Uue-Poltsamaa_vallakohus, lk 81
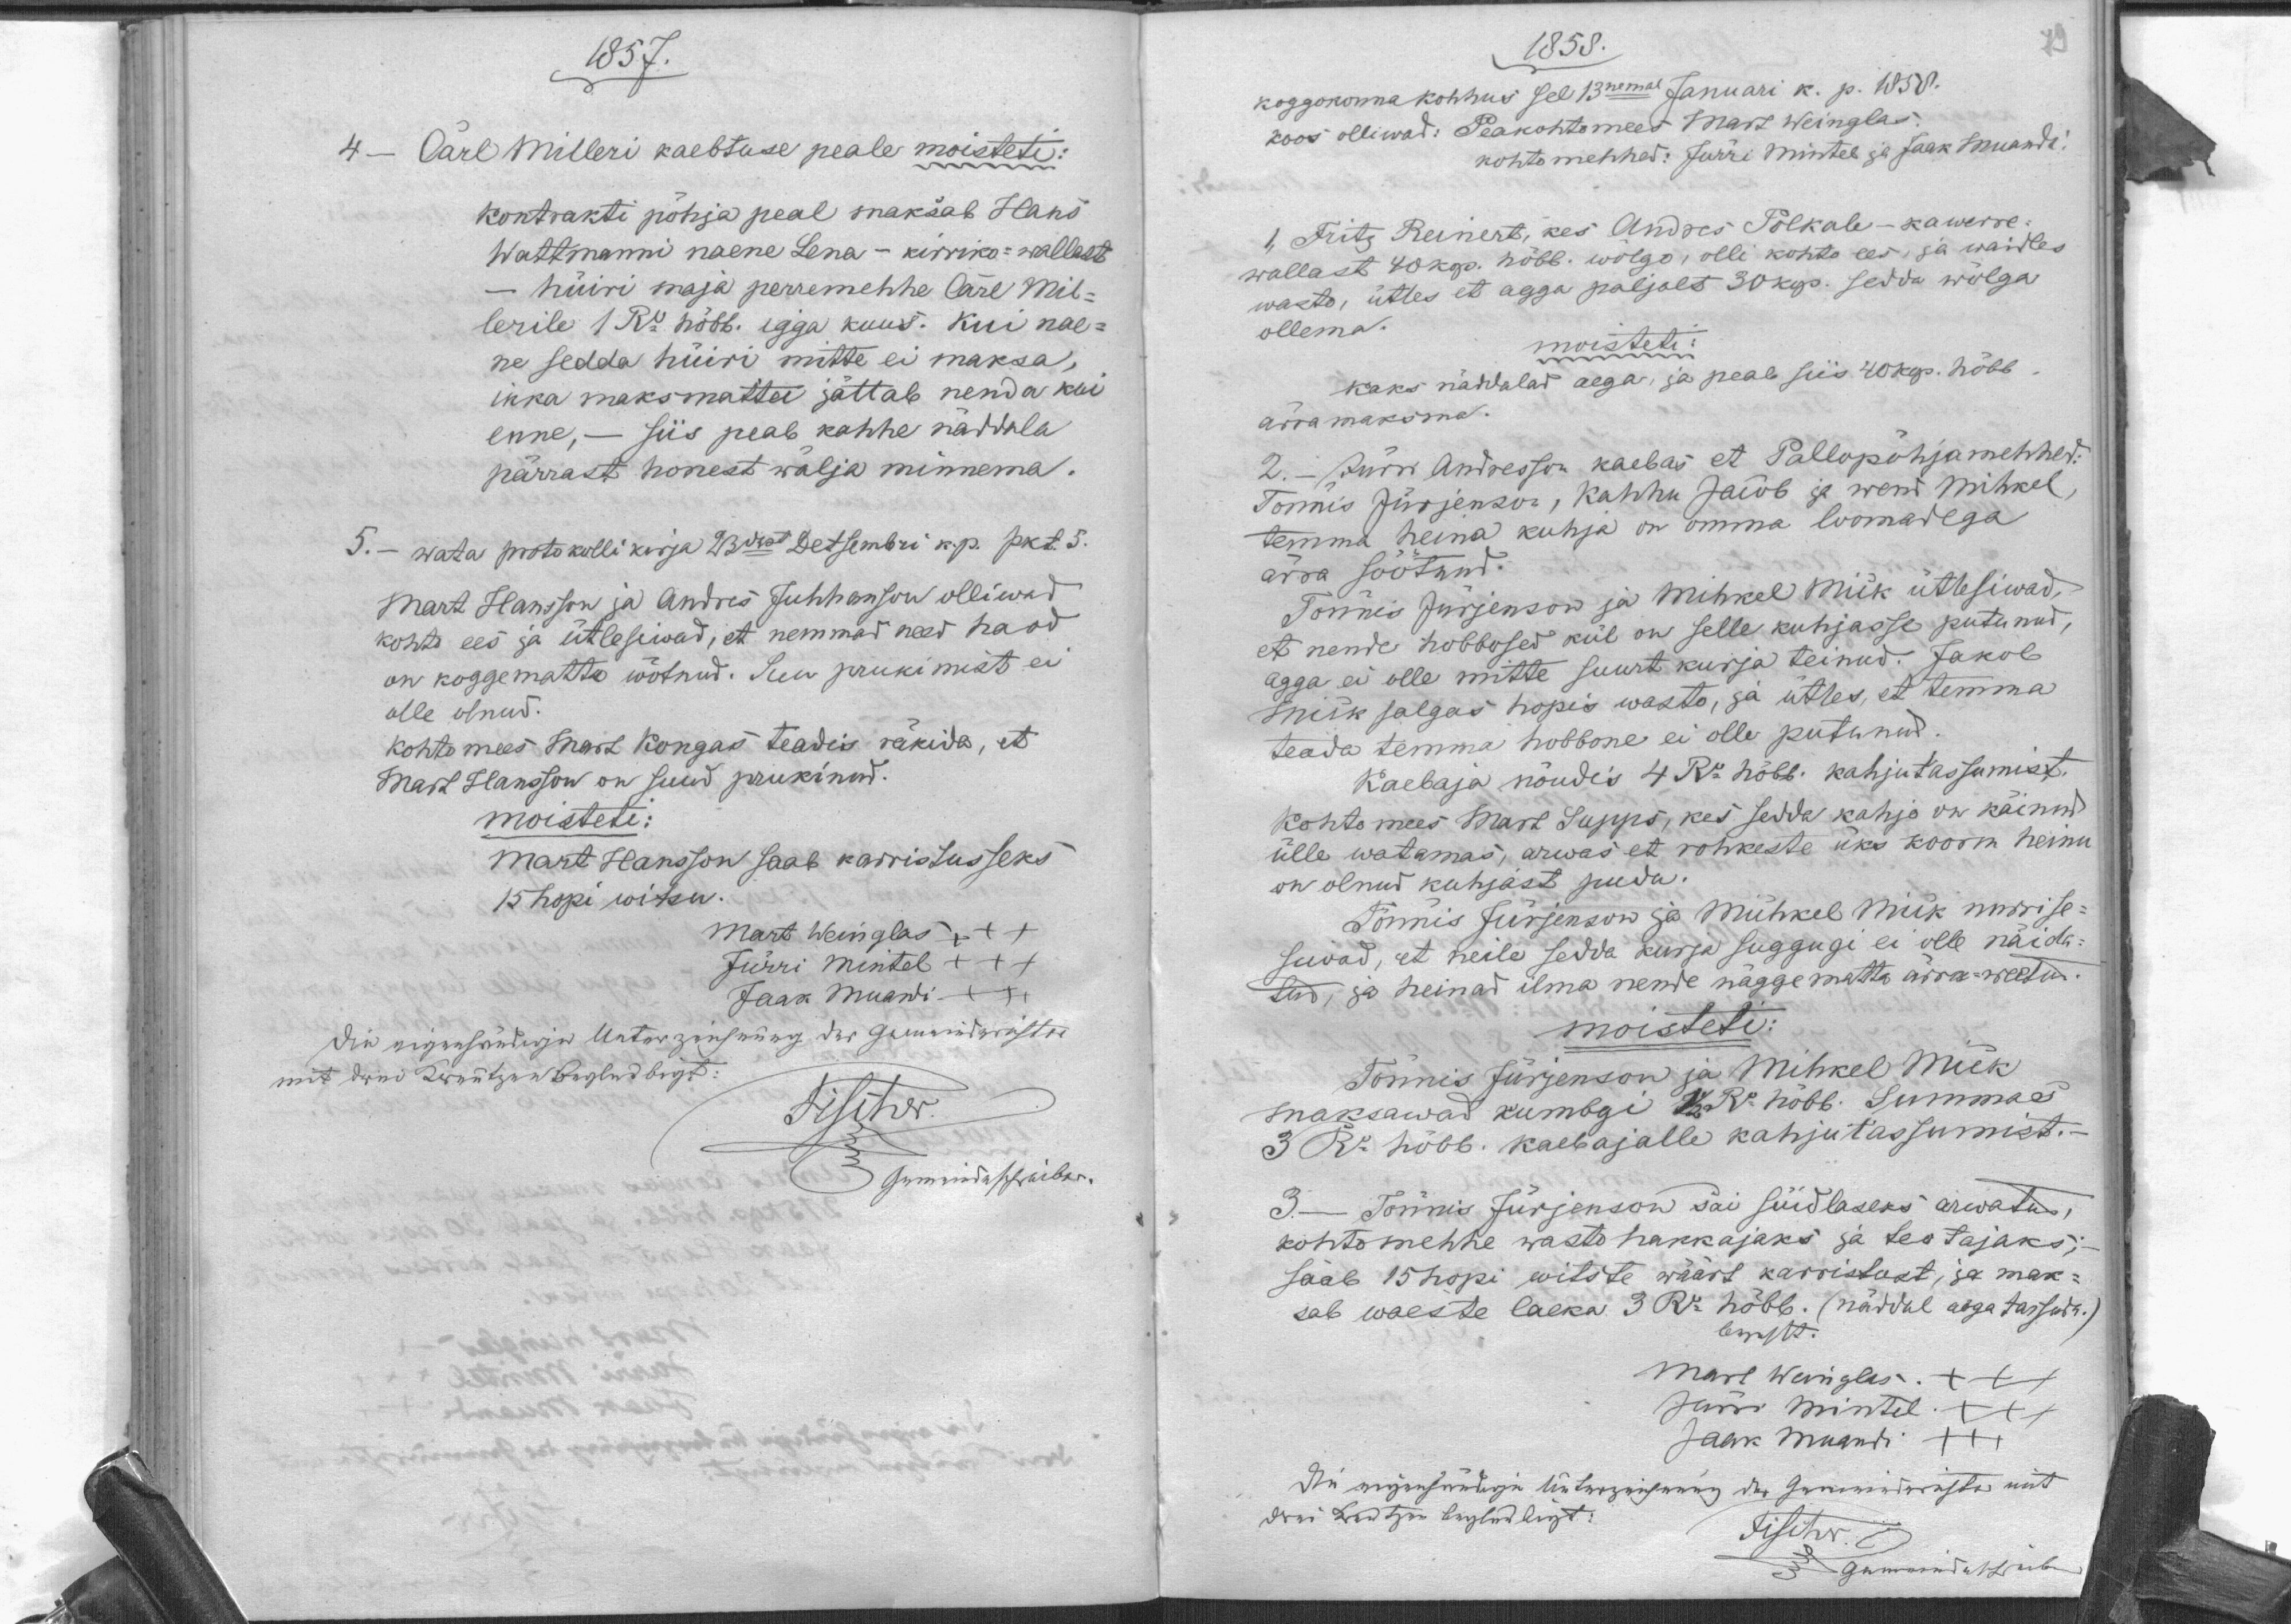
1857.
4.- Carl Milleri kaebtuse peale moisteti:
Kontrakti põhja peal maksab Hans
Wattmanni naene Lena - kirriko-wallast
-
hüiri maja perremehhe Carl Mil-
lerile 1 Ru hõbb. igga kuus. Kui nae-
ne sedda hüiri mitte ei maksa,
ikka maksmatta jättab nenda kui 
enne, - siis peab kahhe näddala
pärrast honest wälja minnema.
5. - wata protokolli kirja 23dast Detsembri k. p. pkt. 5.
Mart Hansson ja Andres Juhhanson olliwad
kohto ees ja ütlesiwad, et nemmad need haod
on koggematta wõtnud. Suu pruukimist ei
olle olnud.
Kohtomees: Mart Kongas teadis räkida, et
Mart Hansson on suud prukinud.
moisteti:
Mart Hansson saab karristusseks
15 hopi witsu.
Mart Weinglas XXX
Jürri Mindel XXX
Jaak Muandi XXX

1858.
Koggokonna kohhus sel 15nemal Januari k. p. 1858.
koos olliwad: Peakohtomees Mart Weinglas
kohtomehhed: Jürri Mintel ja Jaak Muandi
1, Fritz Reinert, kes Andres Polkale - kawerre-
wallast 40 kop. hõbb. wõlgo, olli kohto ees, ja waidles
wasto, ütles et agga paljalt 30 kop. sedda wõlga
ollema.
moisteti:
kaks näddalad aega, ja peab siis 40 kop. hõbb
ärra maksma.
2. - Jürri Andresson kaebas et Pallopõhja mehhed:
Tõnnis Jürjenson, Kahhu Jacob ja wend Mihkel,
temma heina kuhja on omma loomadega
ärra söötnud.
Tõnnis Jürjenson ja Mihkel Mick ütlesiwad,
et nende hobbused kül on selle kuhjasse putunud,
agga ei olle mitte suurt kurja teinud. Jakob
Mick salgas hopis wasto, ja ütles, et temma
teada temma hobbone ei olle putunud.
Kaebaja nõudis 4 Ru hõbb. kahjutassumist.
Kohtomees Mart Supps, kes sedda kahjo on käinud
ülle watamas, arwas et rohkeste üks koorm heinu
on olnud kuhjast pudu.
Tõnnis Jürjenson ja Mihkel Mick nurrise-
siwad, et neile sedda kurja suggugi ei olle näida-
tud, ja heinad ilma nende näggematta ärra-weetud.
moisteti:
Tõnnis Jürjenson ja Mihkel Mick
maksawad kumbgi 1/2 Ru hõbb. Summas
3 Ru. hõbb. kaebajalle kahjutassumist.
3. - Tõnnis Jürjenson sai süidlaseks arwatud,
kohtomehhe wasto hakkajaks ja teotajaks,
saab 15 hopi witste wäärt karristust, ja mak-
hõbb. (näddal aega tassuda.)
sab waeste laeka 3 Ru
Mart Weinglas XXX
Jürri Mintel XXX
Jaak Muandi XXX